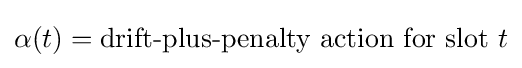
\alpha (t)={\text{drift-plus-penalty action for slot }}t